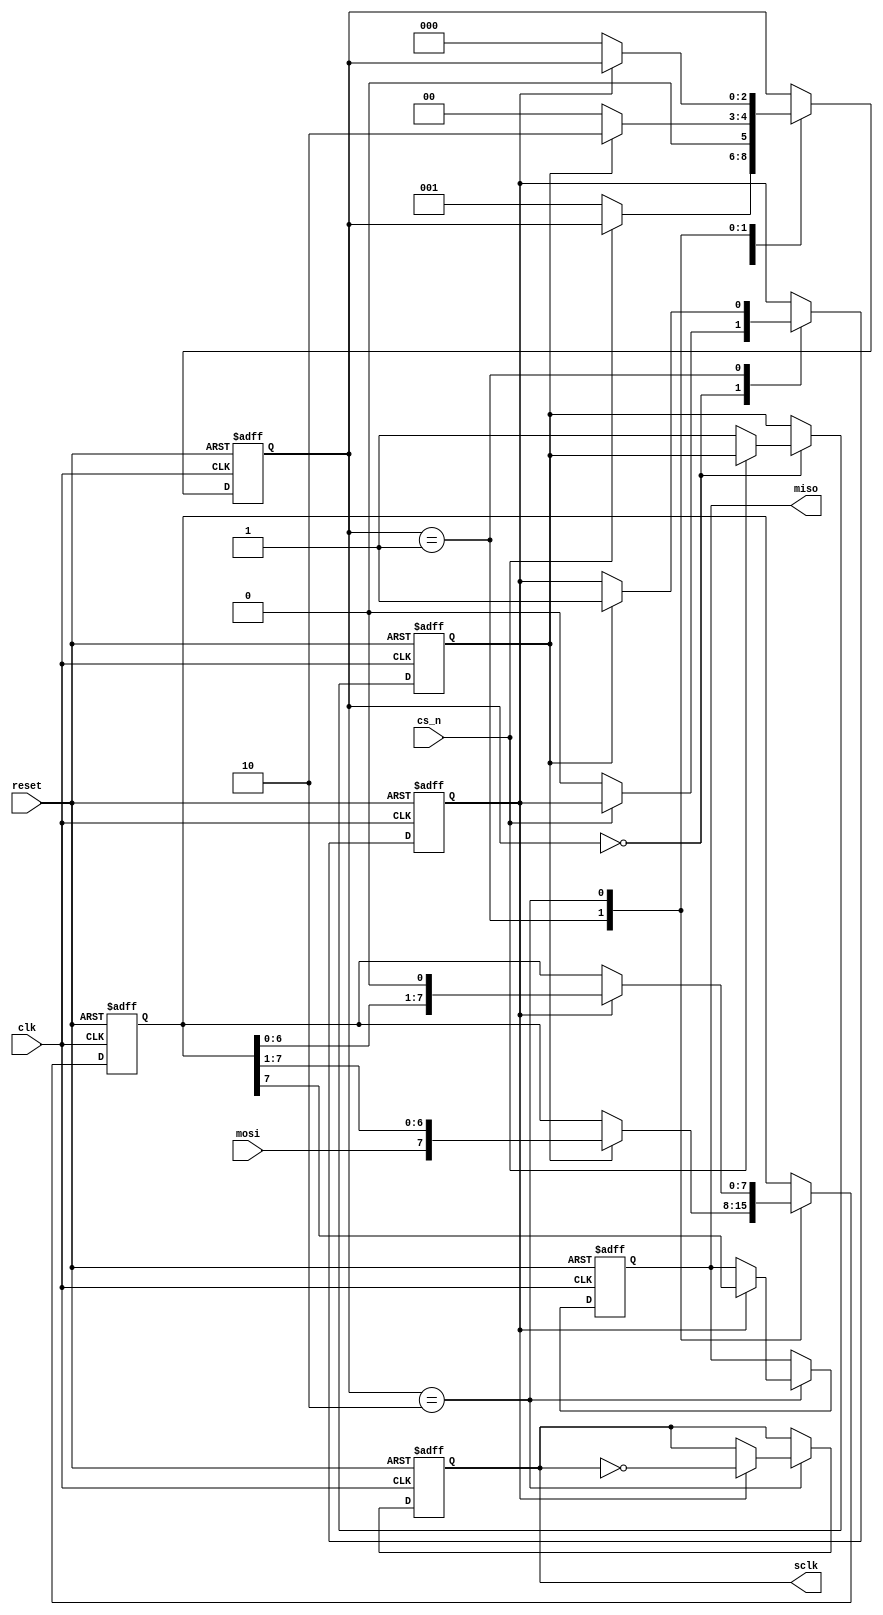
module SPI_Master (
    input wire clk,              // Clock input
    input wire reset,            // Reset input
    input wire cs_n,             // Chip select input
    input wire mosi,             // Master Out Slave In
    output reg miso,             // Master In Slave Out
    output reg sclk              // Serial Clock
);

reg [7:0] data_out;             // Data to be transmitted
reg [2:0] state;                // State machine
reg shift_reg;                  // Shift register for shifting data
reg transfer_active;            // Flag for active data transfer

parameter IDLE = 3'b000;       // States for state machine
parameter SHIFT = 3'b001;
parameter TRANSMIT = 3'b010;

always @ (posedge clk or posedge reset)
begin
    if (reset)
    begin
        state <= IDLE;
        miso <= 1'b0;
        sclk <= 1'b0;
        shift_reg <= 1'b0;
        data_out <= 8'b0;
        transfer_active <= 1'b0;
    end
    else
    begin
        case (state)
            IDLE:
                begin
                    if (!cs_n)
                    begin
                        state <= SHIFT;
                        shift_reg <= 1'b0;
                        transfer_active <= 1'b1;
                    end
                end
            SHIFT:
                begin
                    if (transfer_active)
                    begin
                        data_out <= {mosi, data_out[7:1]};
                        shift_reg <= 1'b1;
                        state <= TRANSMIT;
                    end
                    else
                    begin
                        state <= IDLE;
                    end
                end
            TRANSMIT:
                begin
                    if (shift_reg)
                    begin
                        miso <= data_out[7];
                        sclk <= ~sclk;
                        data_out <= data_out << 1;
                    end
                    else
                    begin
                        state <= IDLE;
                    end
                end
        endcase
    end
end

endmodule